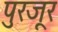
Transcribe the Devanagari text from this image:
पुरजूर